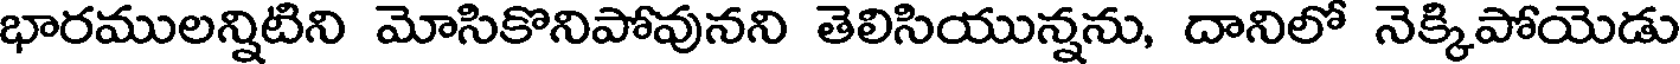
భారములన్నిటిని మోసికొనిపోవునని తెలిసియున్నను, దానిలో నెక్కిపోయెడు